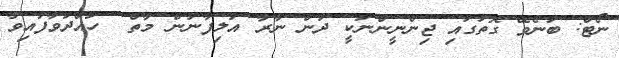
ނޯޓް: ބުނެވޭ ގޮތުގައި ޖިންނީންނަކީ ދުން ނާރާ އަލިފާނުން މާތް  ހައްދަވާފައިވާ